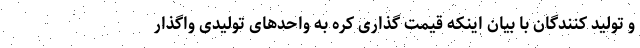
و تولید کنندگان با بیان اینکه قیمت گذاری کره به واحدهای تولیدی واگذار